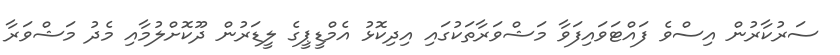
ސަރުކާރުން އިސްވެ ފައްޓަވައިފަވާ މަޝްވަރާތަކުގައި އިދިކޮޅު އެމްޑީޕީގެ ލީޑަރުން ދޫކޮށްލުމާއި މެދު މަޝްވަރާ